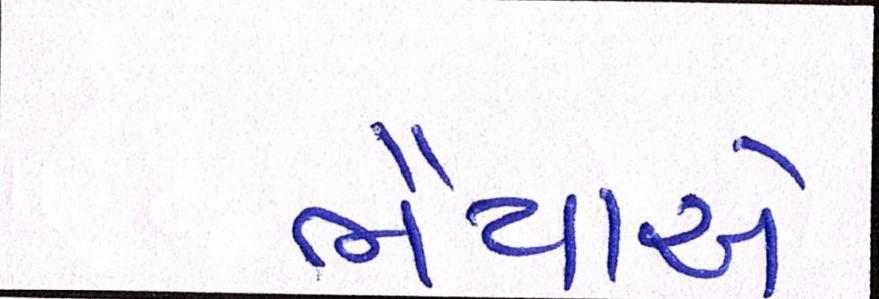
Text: ભૈયાએ